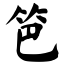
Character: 笆